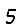
Digit: 5